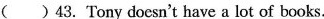
( )43. Tony doesn't have a lot of books.